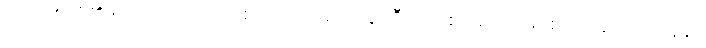
ပြင်သစ်တို့၏ ရက်ထရို ဗိုင်းရပ်စ်ပိုးသည် အေအိုင်ဒီအက်စ် ရောဂါ ဖြစ်စ ပြုနေသည့် လူနာ